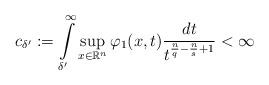
LaTeX: \begin{align*}c_{\delta^{\prime}}:={\displaystyle \int \limits_{\delta^{\prime}}^{\infty}}\sup_{x\in{\mathbb{R}^{n}}}\varphi_{1}(x,t)\frac{dt}{t^{\frac{n}{q}-\frac{n}{s}+1}}<\infty \end{align*}